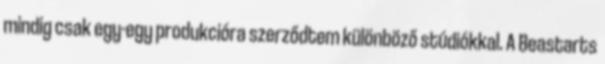
mindig csak egy-egy produkcióra szerződtem különböző stúdiókkal. A Beastarts